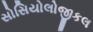
સોસિયોલોજીકલ